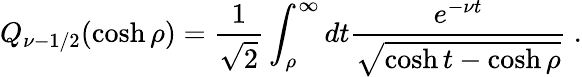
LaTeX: Q_{\nu-1/2}(\cosh\rho)=\frac{1}{\sqrt{2}}\int_{\rho}^{\infty}dt\frac{e^{-\nu t}}{\sqrt{\cosh t-\cosh\rho}}\ .